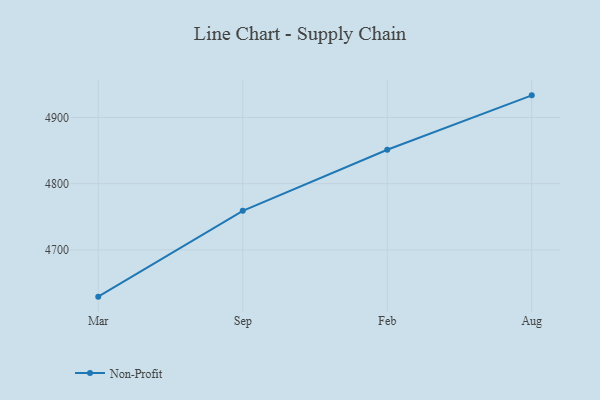
{"axis": {"x": "Month", "y": "Revenue (USD Million)"}, "legend": ["Non-Profit"], "data": [{"x": "Mar", "y": 4629.3, "type": "Non-Profit"}, {"x": "Sep", "y": 4759.0, "type": "Non-Profit"}, {"x": "Feb", "y": 4851.3, "type": "Non-Profit"}, {"x": "Aug", "y": 4933.5, "type": "Non-Profit"}]}